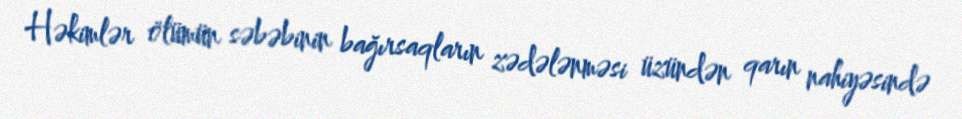
Həkimlər ölümün səbəbinin bağırsaqların zədələnməsi üzündən qarın nahiyəsində